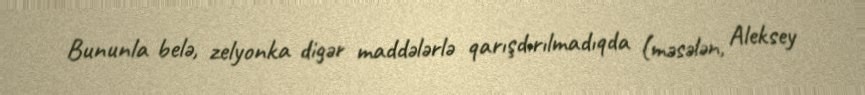
Bununla belə, zelyonka digər maddələrlə qarışdırılmadıqda (məsələn, Aleksey